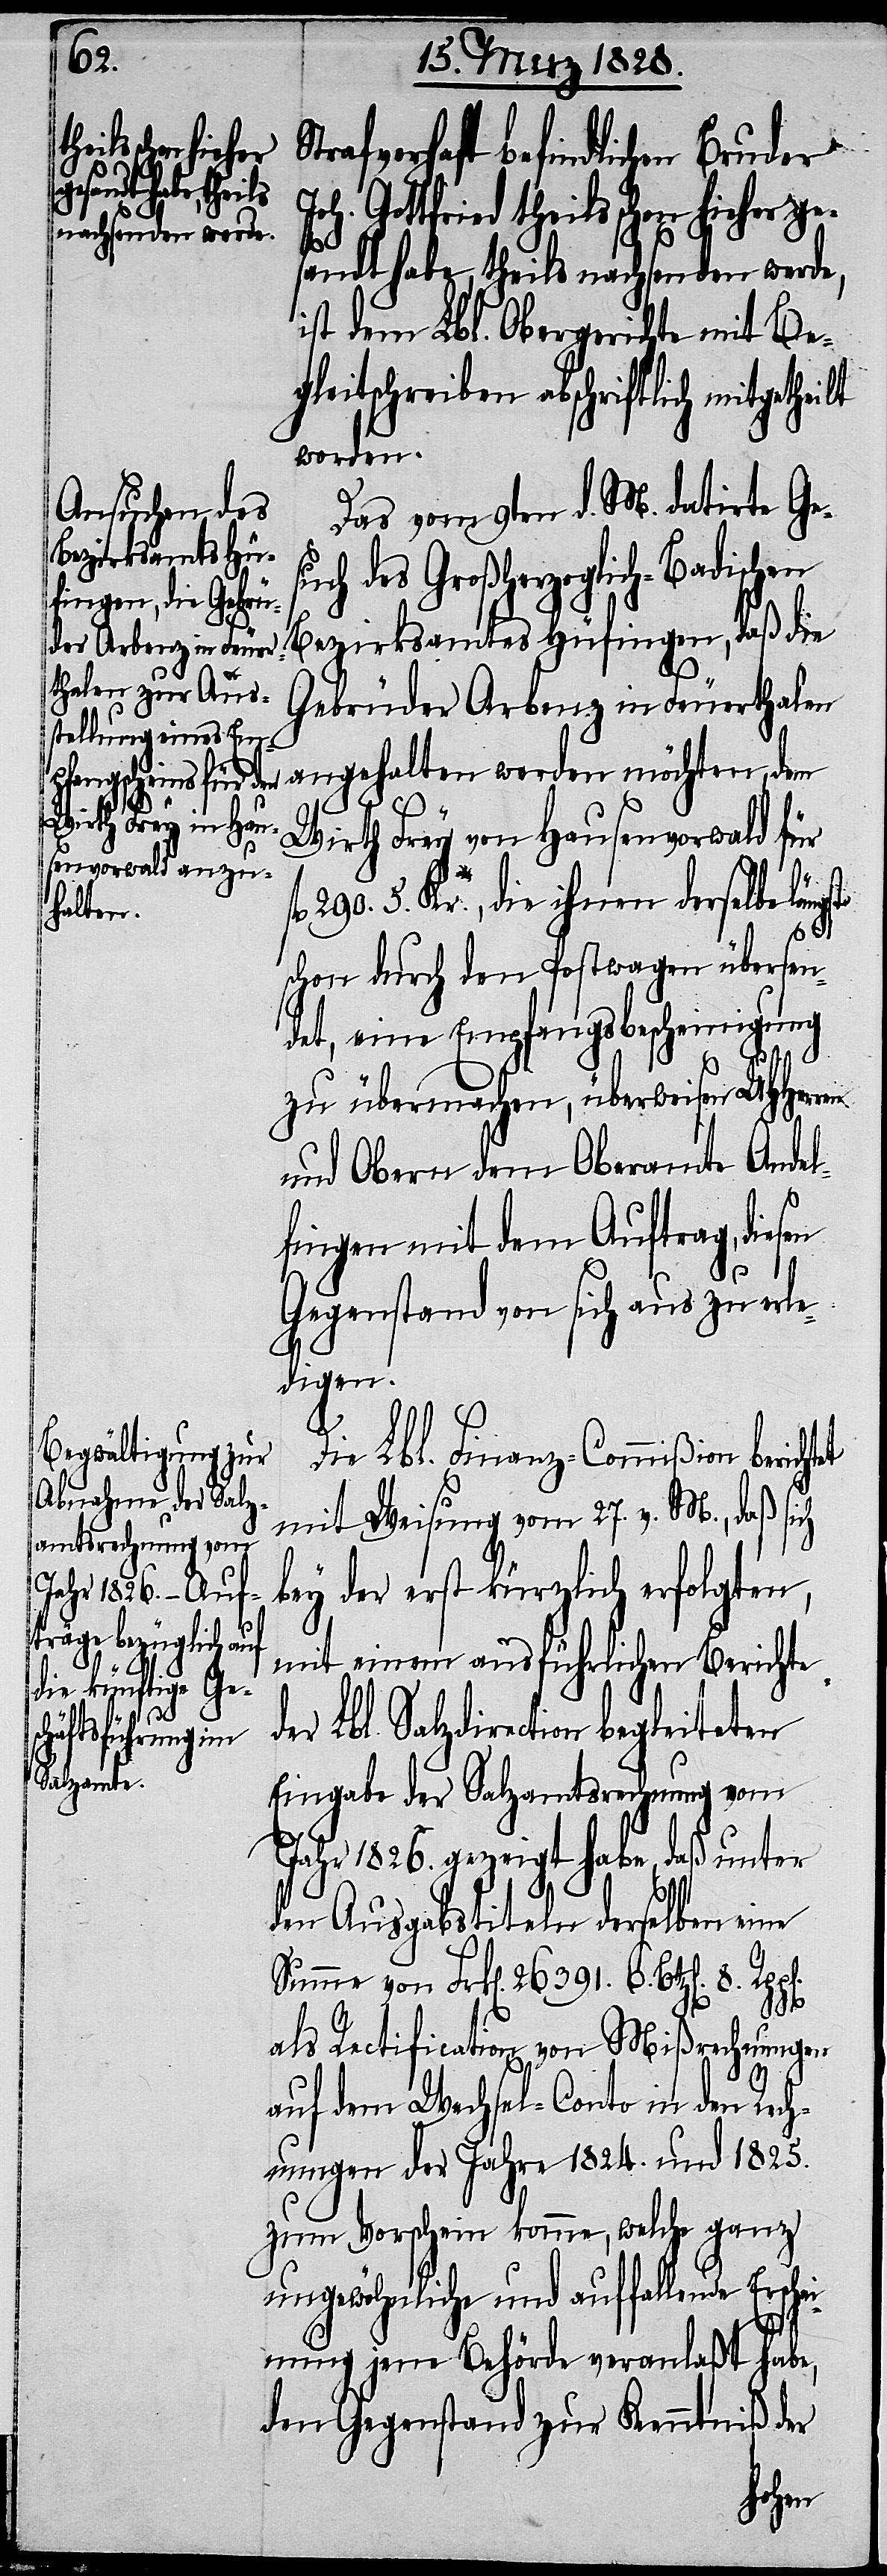
Strafverhaft befindlichen Bruder
begleiteten
Joh. Gottfried theils schon hieher ge¬
Lbl.
sandt habe, theils nachsenden werde,
ist dem Lbl. Obergerichte mit Be¬
gleitschreiben abschriftlich mitgetheilt
werden
Das vom 9ten d. M. datirte Ge¬
such des Großherzoglich-Badischen
Bezirksamtes Hüfingen, daß die
Gebrüder Arbenz in Feuerthalen
Salzdirection
Wirth Frey von Hausenvorwald für
290. 5. Kr., die ihnen derselbe läng¬
halten
st
schon durch den Postwagen übersen¬
det, eine Empfangsbescheinigung
zu übermachen, überweisen UHHerren
und Obern dem Oberamte Andel¬
fingen mit dem Auftrag, diesen
Gegenstand von sich aus zu erle¬
digen.
Die Lbl. Finanz-Commißion berich¬
mit Weisung vom 27. v. M., daß sich
bey der erst kürzlich erfolgten,
mit einem ausführlichen Berichte
Eingabe der Salzamtsrechnung vom
Jahr 1826. gezeigt habe, daß unter
den Ausgabstiteln derselben eine
Summe von Frk[en]. 26 391. 6. Btz[en]. 8.
als Rectifaction von Mißrechnungen
auf dem Wechsel-Conto in den Rech¬
nungen der Jahre 1824. und 1825.
zum Vorschein komme, welche ganz
ungewöhnliche und auffallende Erschei¬
nung jene Behörde veranlaßt habe,
den Gegenstand zur Kenntniß der